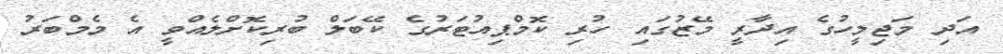
އަދި މަޖިލީހުގެ އިދާރީ މޭޒުގައި ހުރި ކޮމްޕިއުޓަރުގެ ކޭބަލް ބުރިކޮށްލެއްވީ އެ މެމްބަރު